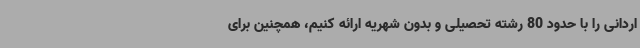
اردانی را با حدود 80 رشته تحصیلی و بدون شهریه ارائه کنیم، همچنین برای